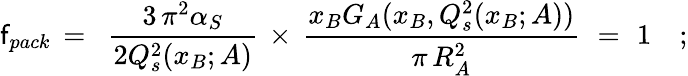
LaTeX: \mathsf{f}_{pack}\, =\, \, \, \frac{{3\, \pi^{2}\alpha_{S}}}{{2Q_{s}^{2}(x_{B};A)}}\, \times\, \frac{{x_{B}G_{A}(x_{B},Q_{s}^{2}(x_{B};A))}}{{\pi\, R_{A}^{2}}}\, \, =\, \, 1\quad;